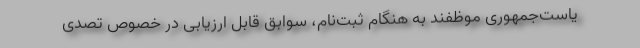
یاست‌جمهوری موظفند به هنگام ثبت‌نام، سوابق قابل ارزیابی در خصوص تصدی